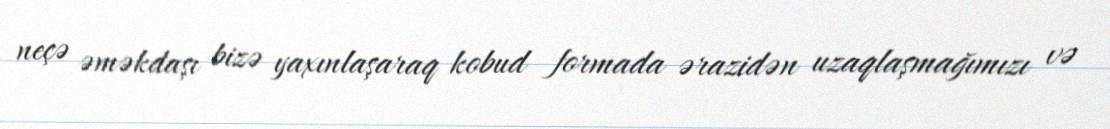
neçə əməkdaşı bizə yaxınlaşaraq kobud formada ərazidən uzaqlaşmağımızı və